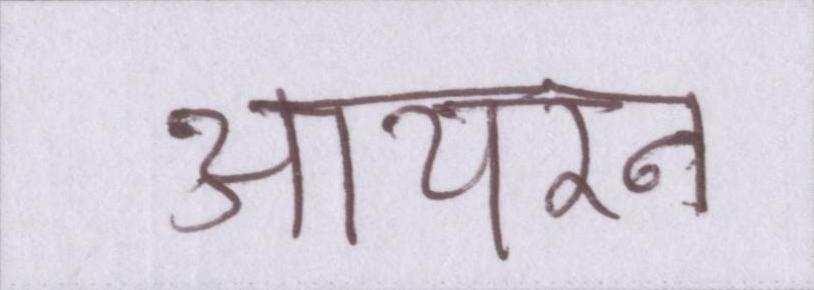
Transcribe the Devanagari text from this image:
आयरन